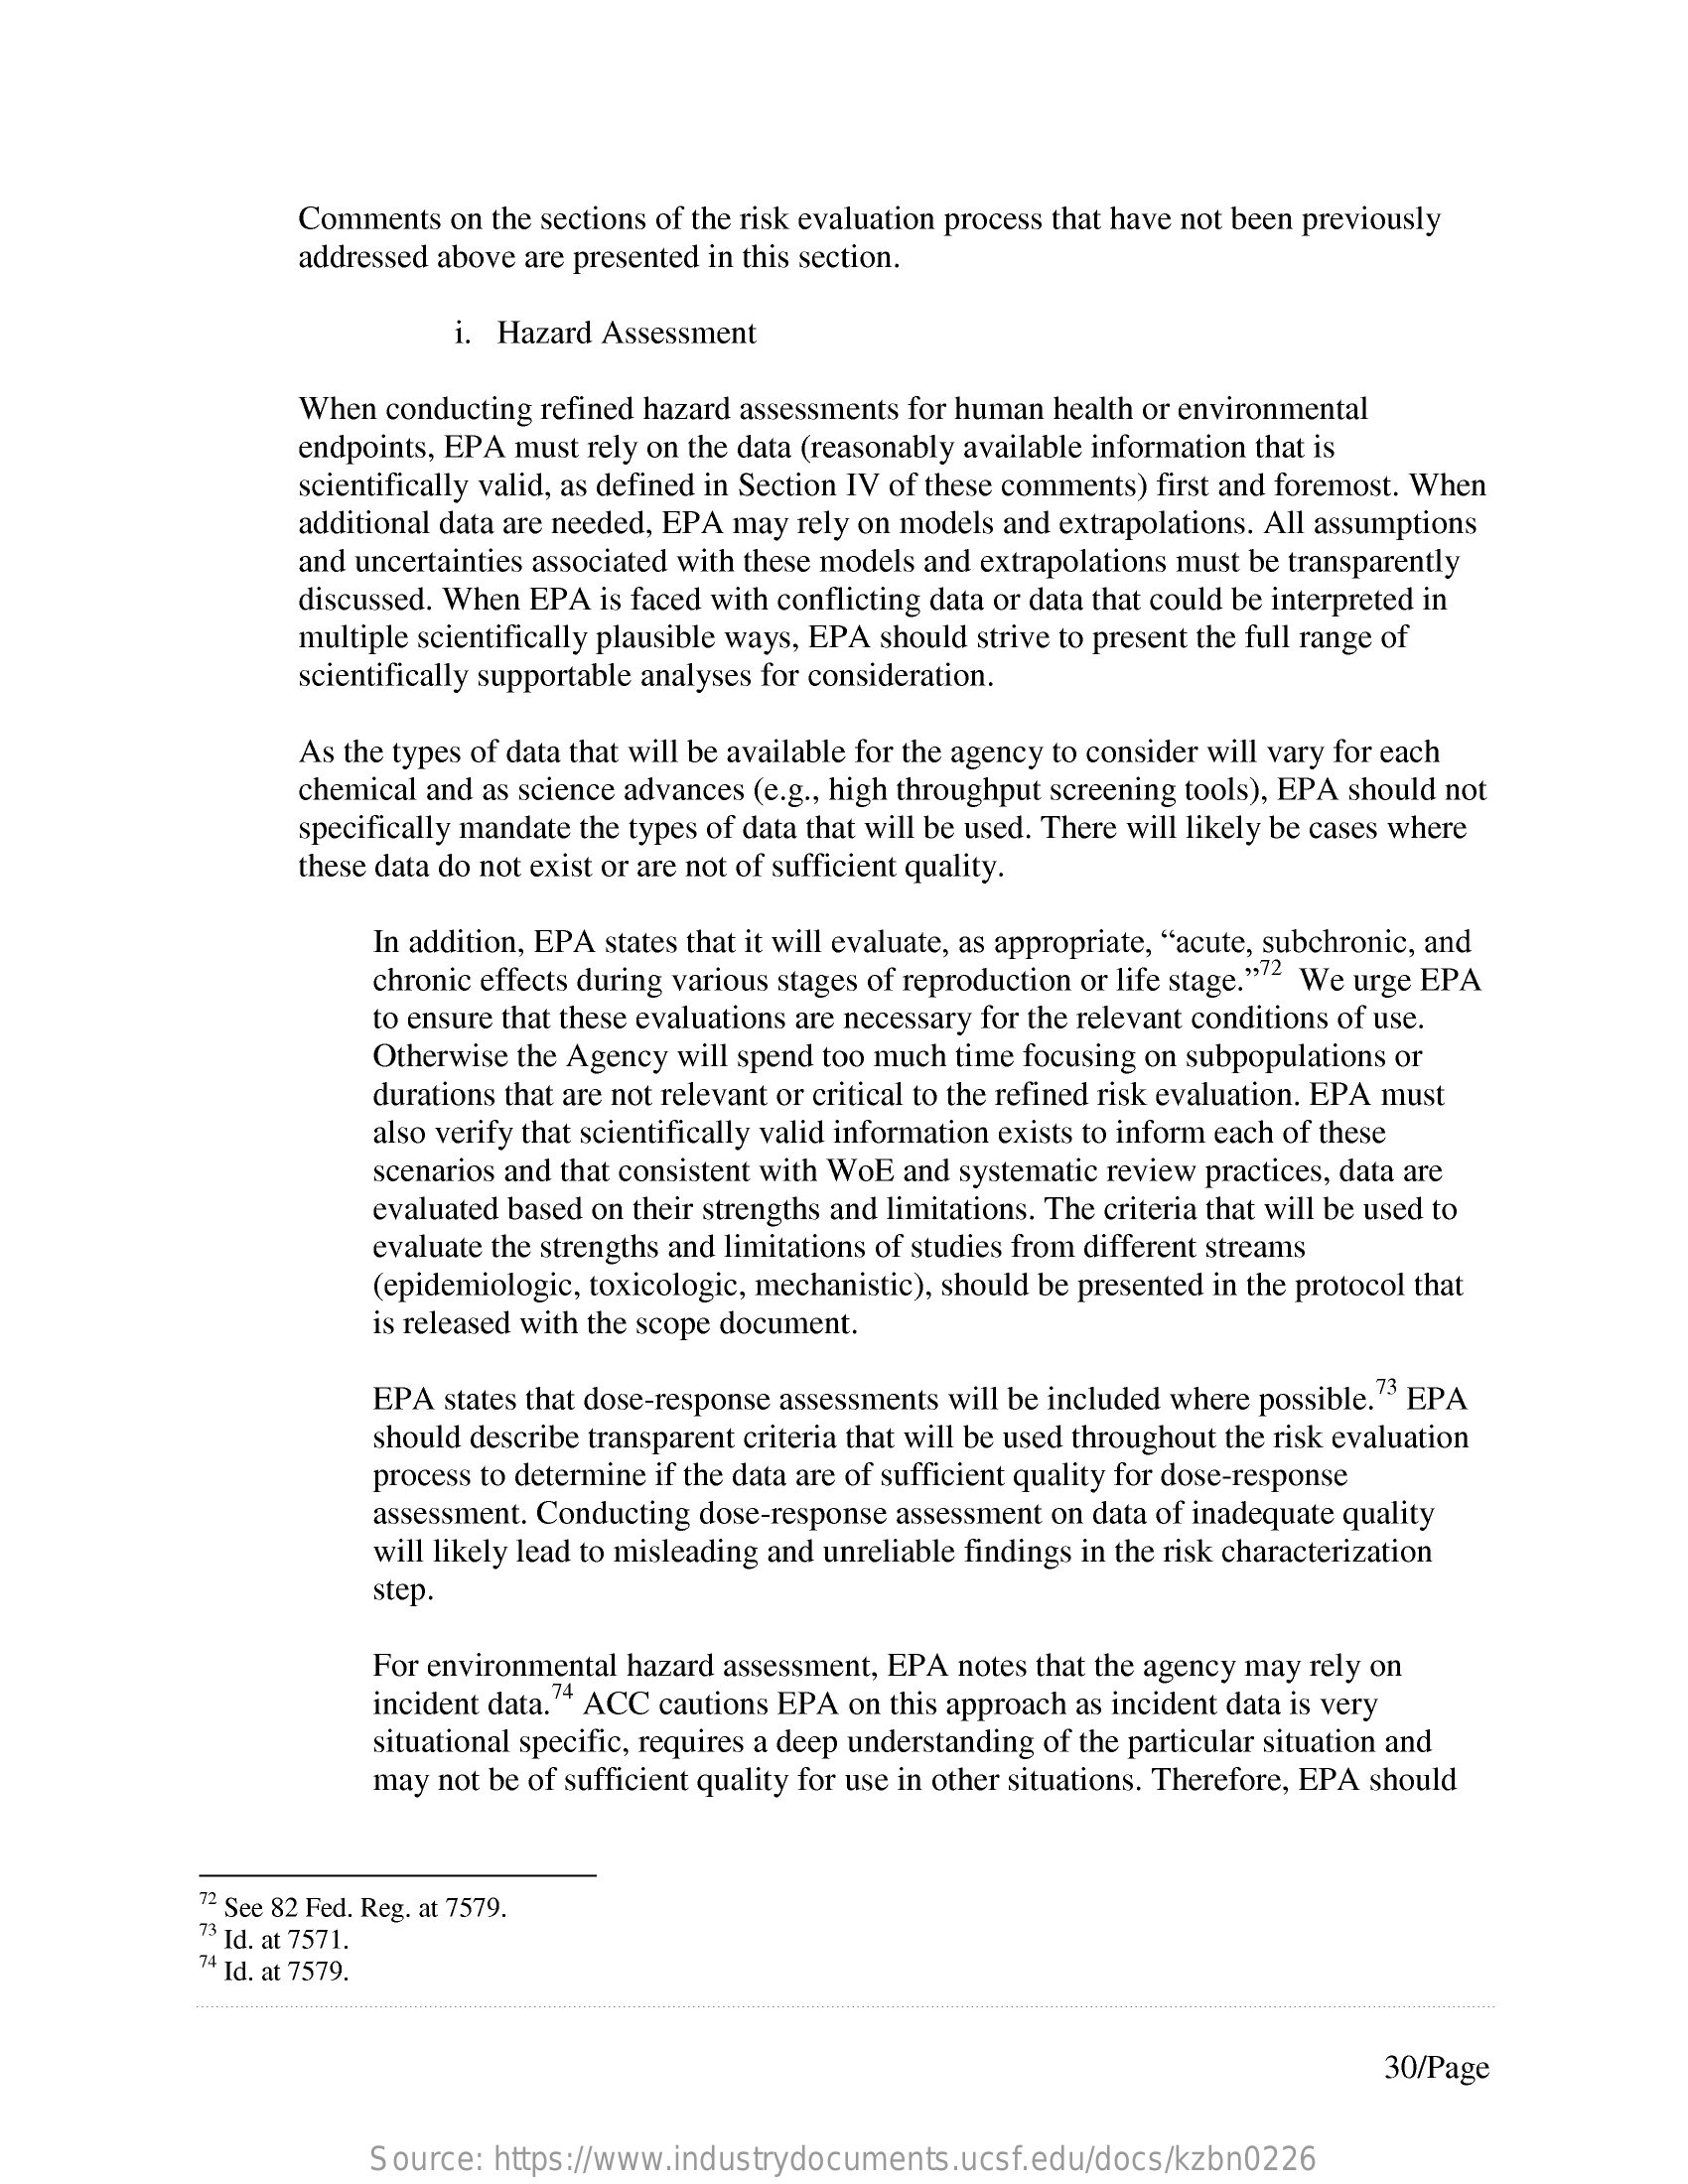
Comments  on the sections of the risk evaluation process that have not been previously
     addressed above are presented in this section.
     i. Hazard Assessment
     When conducting refined hazard assessments for human health or environmental
     endpoints, EPA must rely on the data (reasonably available information that is
     scientifically valid, as defined in Section IV of these comments) first and foremost. When
     additional data are needed, EPA may rely on models and extrapolations. All assumptions
     and uncertainties associated with these models and extrapolations must be transparently
     discussed. When EPA is faced with conflicting data or data that could be interpreted in
     multiple scientifically plausible ways, EPA should strive to present the full range of
     scientifically supportable analyses for consideration.
     As the types of data that will be available for the agency to consider will vary for each
     chemical and as science advances (e.g ., high throughput screening tools), EPA should not
     specifically mandate the types of data that will be used. There will likely be cases where
     these data do not exist or are not of sufficient quality.
     In addition, EPA states that it will evaluate, as appropriate, "acute, subchronic, and
     chronic effects during various stages of reproduction or life stage.""" We urge EPA
     to ensure that these evaluations are necessary for the relevant conditions of use.
     Otherwise the Agency will spend too much time focusing on subpopulations or
     durations that are not relevant or critical to the refined risk evaluation. EPA must
     also verify that scientifically valid information exists to inform each of these
     scenarios and that consistent with WoE and systematic review practices, data are
     evaluated based on their strengths and limitations. The criteria that will be used to
     evaluate the strengths and limitations of studies from different streams
     (epidemiologic, toxicologic, mechanistic), should be presented in the protocol that
     is released with the scope document.
     EPA states that dose-response assessments will be included where possible." EPA
     should describe transparent criteria that will be used throughout the risk evaluation
     process to determine if the data are of sufficient quality for dose-response
     assessment. Conducting dose-response assessment on data of inadequate quality
     will likely lead to misleading and unreliable findings in the risk characterization
     step.
     For environmental hazard assessment, EPA notes that the agency may rely on
     incident data. " ACC cautions EPA on this approach as incident data is very
     situational specific, requires a deep understanding of the particular situation and
     may not be of sufficient quality for use in other situations. Therefore, EPA should
     72 See 82 Fed. Reg. at 7579.
     73 Id. at 7571.
     74 Id. at 7579.
     30/Page
     Source: https://www.industrydocuments.ucsf.edu/docs/kzbn0226